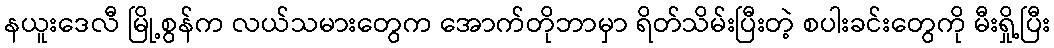
နယူးဒေလီ မြို့စွန်က လယ်သမားတွေက အောက်တိုဘာမှာ ရိတ်သိမ်းပြီးတဲ့ စပါးခင်းတွေကို မီးရှို့ပြီး